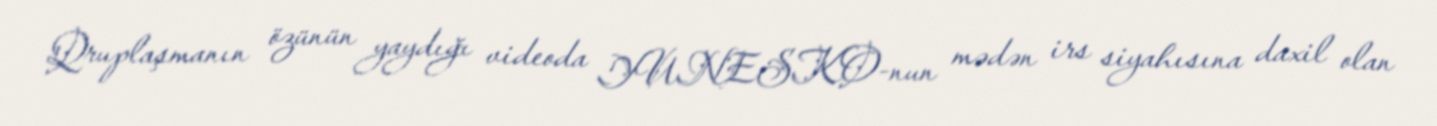
Qruplaşmanın özünün yaydığı videoda YUNESKO-nun mədən irs siyahısına daxil olan